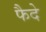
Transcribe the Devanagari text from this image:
फैदे